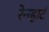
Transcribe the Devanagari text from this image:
रेनहार्ट